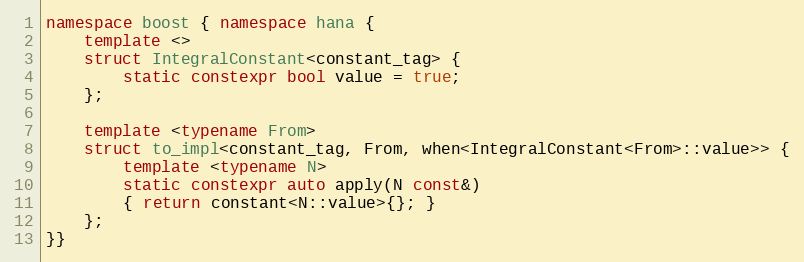
Language: C++
namespace boost { namespace hana {
    template <>
    struct IntegralConstant<constant_tag> {
        static constexpr bool value = true;
    };

    template <typename From>
    struct to_impl<constant_tag, From, when<IntegralConstant<From>::value>> {
        template <typename N>
        static constexpr auto apply(N const&)
        { return constant<N::value>{}; }
    };
}}